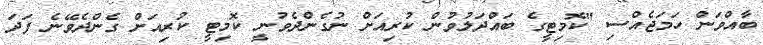
ބާއްވަން ހަމަޖެއްސި "ކޮމިޓީގެ ބައްދަލުވުން ކުރިއަށް ނުގެންދެވުނީ ކޮމިޓީ ކުރިއަށް ގެންދެވޭނެ ފަދަ